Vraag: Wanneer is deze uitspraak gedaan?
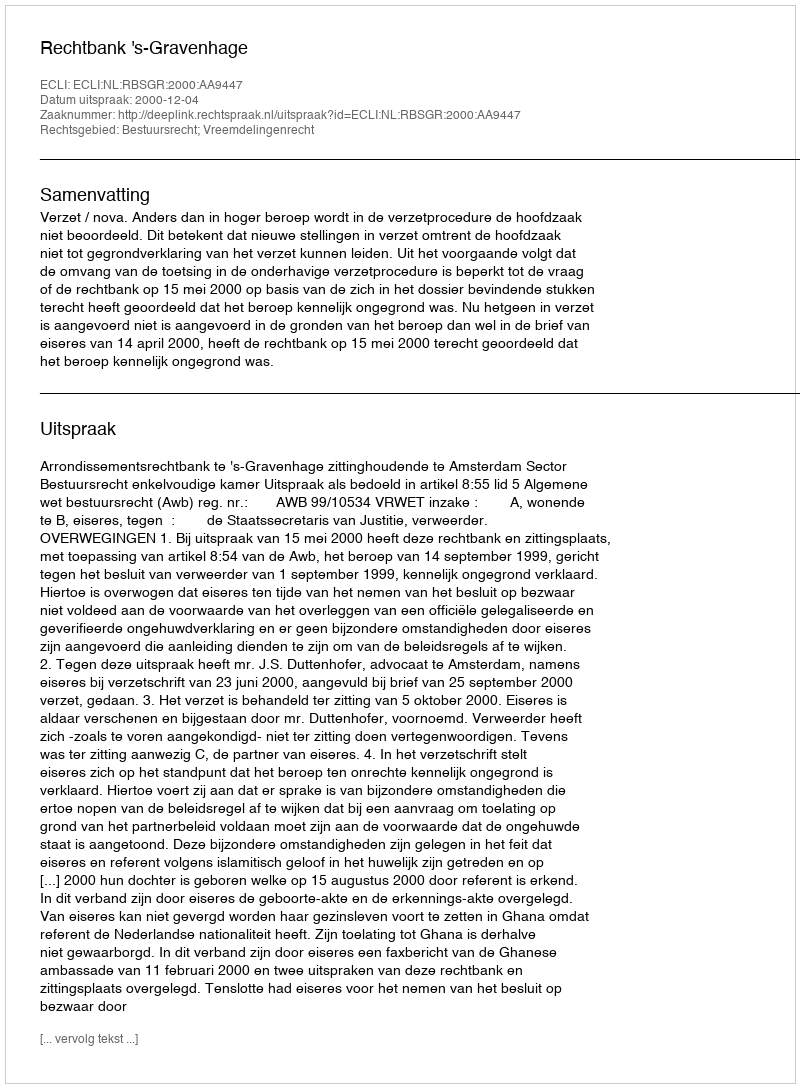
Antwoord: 2000-12-04